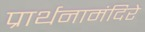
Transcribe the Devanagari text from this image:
प्रार्थनामंदिरे